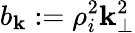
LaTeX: b_{\mathbf{k}}:=\rho_{i}^{2}\mathbf{k}_{\perp}^{2}